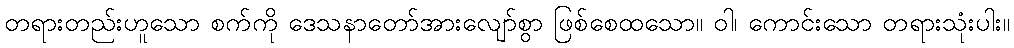
တရားတည်းဟူသော စက်ကို ဒေသနာတော်အားလျော်စွာ ဖြစ်စေထသော။ ဝါ၊ ကောင်းသော တရားသုံးပါး။